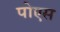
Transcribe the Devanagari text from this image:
पोएस